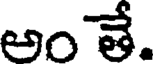
అం తే.